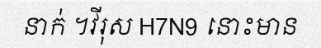
នាក់ ។វីរុស H7N9 នោះមាន